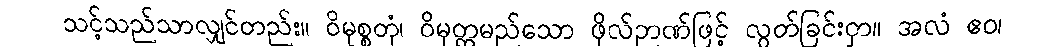
သင့်သည်သာလျှင်တည်း။ ဝိမုစ္စတုံ၊ ဝိမုတ္တမည်သော ဖိုလ်ဉာဏ်ဖြင့် လွတ်ခြင်းငှာ။ အလံ ဧဝ၊